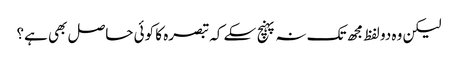
لیکن وہ دو لفظ مجھ تک نہ پہنچ سکے کہ تبصرہ کا کوئی حاصل بھی ہے؟